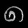
Digit: ၈